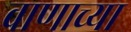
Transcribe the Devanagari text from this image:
वाणाच्या